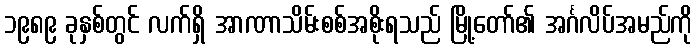
၁၉၈၉ ခုနှစ်တွင် လက်ရှိ အာဏာသိမ်းစစ်အစိုးရသည် မြို့တော်၏ အင်္ဂလိပ်အမည်ကို